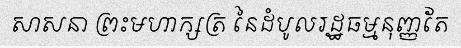
សាសនា ព្រះមហាក្សត្រ នៃដំបូលរដ្ឋធម្មនុញ្ញតែ